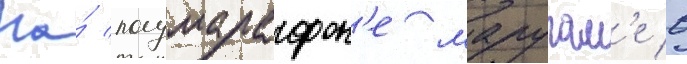
На́ полумарафон'е маругам'е в